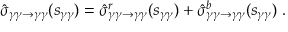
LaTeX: \hat { \sigma } _ { \gamma \gamma \rightarrow \gamma \gamma } ( s _ { \gamma \gamma } ) = \hat { \sigma } _ { \gamma \gamma \rightarrow \gamma \gamma } ^ { r } ( s _ { \gamma \gamma } ) + \hat { \sigma } _ { \gamma \gamma \rightarrow \gamma \gamma } ^ { b } ( s _ { \gamma \gamma } ) \; .